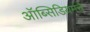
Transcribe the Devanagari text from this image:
ऑब्सिडियमचे